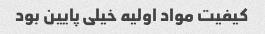
کیفیت مواد اولیه خیلی پایین بود